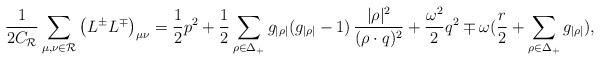
LaTeX: \begin{align*}{1\over{2C_{\cal R}}}\sum_{\mu,\nu\in{\cal R}} \left(L^{\pm}L^{\mp}\right)_{\mu\nu}= {1\over 2} p^{2} + {1\over2}\sum_{\rho\in\Delta_+} g_{|\rho|}(g_{|\rho|}-1) \,{|\rho|^{2}\over{(\rho\cdot q)^2}}+{\omega^2\over2}q^2 \mp \omega({r\over2}+\sum_{\rho\in\Delta_+}g_{|\rho|}),\end{align*}